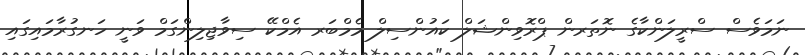
ނަމަވެސް ސްރީލަންކާގެ ނޮތަރން ޕްރޮވިންޝަލް ކައުންސިލް މެމްބަރ އެމްކޭ ސިވާޖިލިންގަމް ވަނީ ހަނގުރާމައިގައި